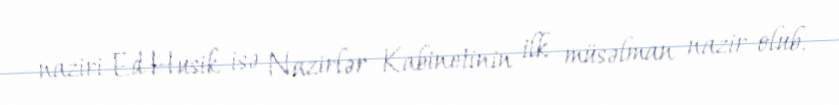
naziri Ed Husik isə Nazirlər Kabinetinin ilk müsəlman nazir olub.